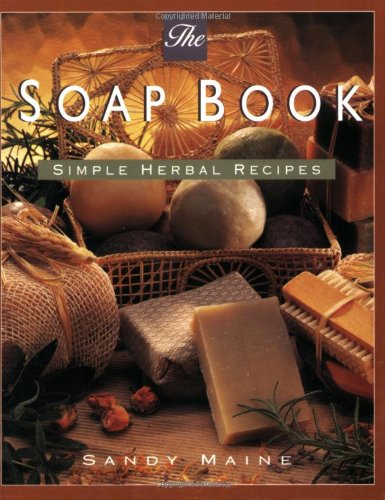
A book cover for Soap Book; Sandy Maine; Crafts, Hobbies & Home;